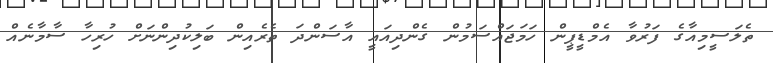
ތެލަސީމިއާގެ ފަރުވާ އެމްޑީޕީން ހަމަޖައްސަމުން ގެންދިއައީ އާސަންދަ ތެރެއިން ބަލިކުދިންނަށް ހުރިހާ ސާމާނެއް